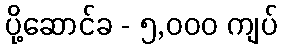
ပို့ဆောင်ခ - ၅,၀၀၀ ကျပ်